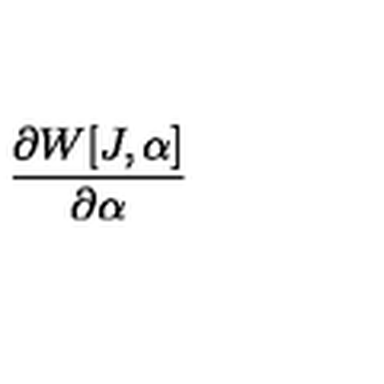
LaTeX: \frac { \partial W [ J , \alpha ] } { \partial \alpha }